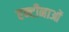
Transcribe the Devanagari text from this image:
एन्टीनाओं